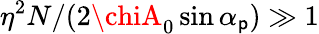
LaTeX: \eta^{2}N/(2\chiA_{0}\sin{\alpha_{\mathsf{p}}})\gg1